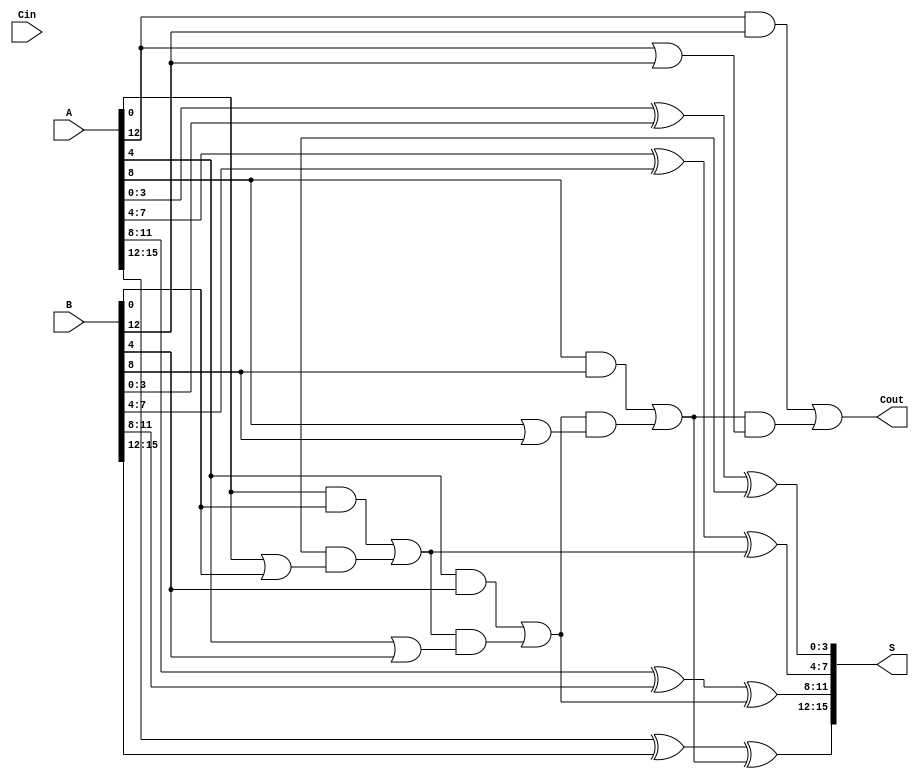
module PrecomputationCarryAdder #(parameter N = 16, // Total number of bits
                                  parameter G = 4) // Group size
(
    input  [N-1:0] A,      // First n-bit input
    input  [N-1:0] B,      // Second n-bit input
    input          Cin,     // Carry-in
    output [N-1:0] S,      // Sum output
    output         Cout     // Carry-out
);

    // Number of groups
    localparam NUM_GROUPS = N / G;

    // Carry generation and propagation
    wire [NUM_GROUPS:0] carry; // carry[i] is the carry out of group i
    wire [G-1:0] group_sum [0:NUM_GROUPS-1]; // Sum for each group

    // Generate carry for each group
    genvar i, j;
    generate
        for (i = 0; i < NUM_GROUPS; i = i + 1) begin : carry_generation
            wire [G-1:0] A_group = A[i*G +: G];
            wire [G-1:0] B_group = B[i*G +: G];

            // Carry generation logic for the group
            assign carry[i] = (A_group & B_group) | (carry[i-1] & (A_group | B_group));
            assign group_sum[i] = A_group ^ B_group ^ carry[i-1];
        end
    endgenerate

    // Final carry out
    assign Cout = carry[NUM_GROUPS-1];

    // Sum calculation
    generate
        for (j = 0; j < NUM_GROUPS; j = j + 1) begin : sum_calculation
            assign S[j*G +: G] = group_sum[j];
        end
    endgenerate

    // Handle the carry-in for the first group
    assign group_sum[0] = A[0 +: G] ^ B[0 +: G] ^ Cin;

endmodule